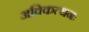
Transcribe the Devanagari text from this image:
अविकत्थनः